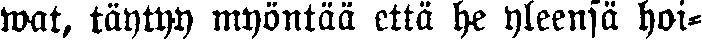
wat, täytyy myöntää että he yleensä hoi-